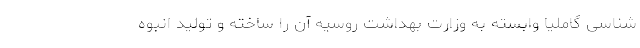
شناسی گاملیا وابسته به وزارت بهداشت روسیه آن را ساخته و تولید انبوه